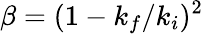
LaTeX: \beta=(1-k_{f}/k_{i})^{2}